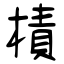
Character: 樍